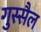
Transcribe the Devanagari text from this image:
गुस्सैल